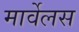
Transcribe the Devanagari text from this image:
मार्वेलस